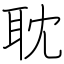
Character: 耽